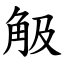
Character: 觙